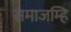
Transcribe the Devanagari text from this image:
समाजम्हि